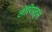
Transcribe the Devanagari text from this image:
लॉरियट्स